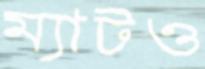
ম্যাটও